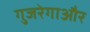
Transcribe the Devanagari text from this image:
गुजरेगाऔर